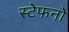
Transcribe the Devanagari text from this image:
स्टेफनो